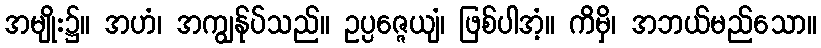
အမျိုး၌။ အဟံ၊ အကျွန်ုပ်သည်။ ဥပ္ပဇ္ဇေယျံ၊ ဖြစ်ပါအံ့။ ကိမှိ၊ အဘယ်မည်သော။